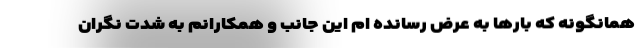
همانگونه که بارها به عرض رسانده ام این جانب و همکارانم به شدت نگران